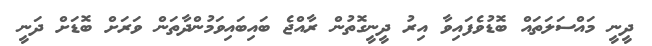
ދީނީ މައްސަލަތައް ބޮޑުވެފައިވާ އިރު ދީނީގޮތުން ރާއްޖެ ބައިބައިވަމުންދާތަން ވަރަށް ބޮޑަށް ދަނީ